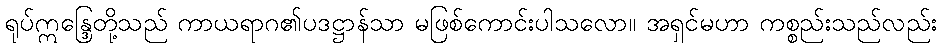
ရုပ်ဣန္ဒြေတို့သည် ကာယရာဂ၏ပဒဋ္ဌာန်သာ မဖြစ်ကောင်းပါသလော။ အရှင်မဟာ ကစ္စည်းသည်လည်း